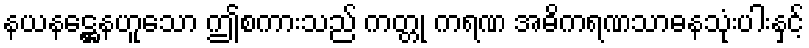
နယနဋ္ဌေနဟူသော ဤစကားသည် ကတ္တု ကရဏ အဓိကရဏသာဓနသုံးပါးနှင့်